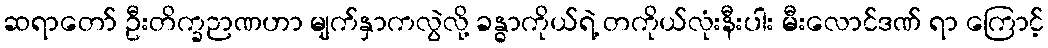
ဆရာတော် ဦးတိက္ခဉာဏဟာ မျက်နှာကလွဲလို့ ခန္ဓာကိုယ်ရဲ့ တကိုယ်လုံးနီးပါး မီးလောင်ဒဏ် ရာ ကြောင့်